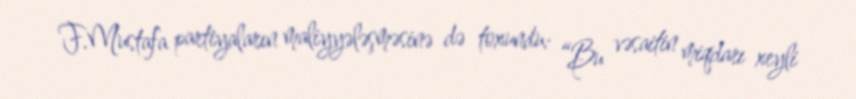
F.Mustafa partiyaların maliyyələşməsinə də toxundu: “Bu vəsaitin miqdarı xeyli